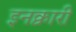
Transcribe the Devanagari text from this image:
इनक्वारी